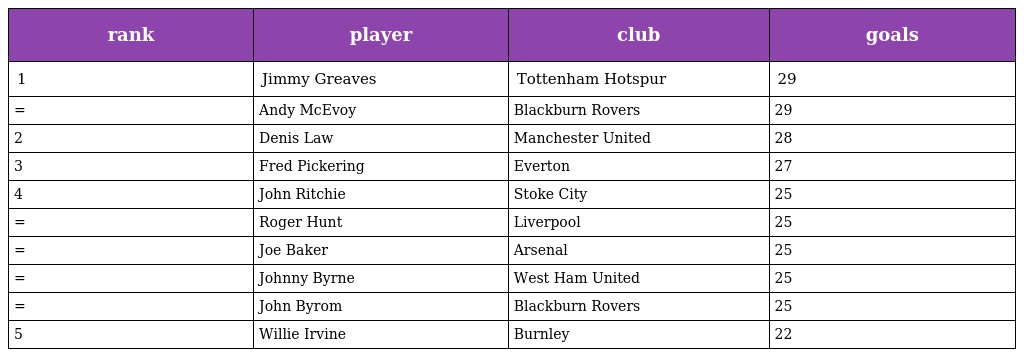
| rank | player | club | goals |
 | --- | --- | --- | --- |
 | 1 | Jimmy Greaves | Tottenham Hotspur | 29 |
 | = | Andy McEvoy | Blackburn Rovers | 29 |
 | 2 | Denis Law | Manchester United | 28 |
 | 3 | Fred Pickering | Everton | 27 |
 | 4 | John Ritchie | Stoke City | 25 |
 | = | Roger Hunt | Liverpool | 25 |
 | = | Joe Baker | Arsenal | 25 |
 | = | Johnny Byrne | West Ham United | 25 |
 | = | John Byrom | Blackburn Rovers | 25 |
 | 5 | Willie Irvine | Burnley | 22 |